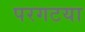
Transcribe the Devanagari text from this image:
परगटया